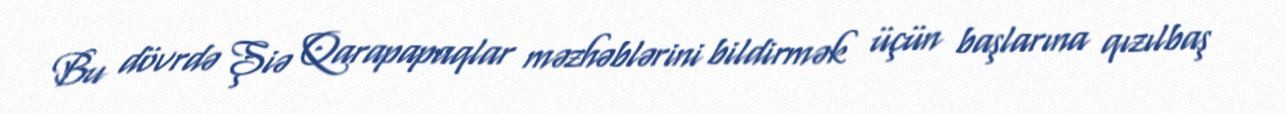
Bu dövrdə Şiə Qarapapaqlar məzhəblərini bildirmək üçün başlarına qızılbaş